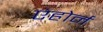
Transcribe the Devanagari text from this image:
एंहोर्न